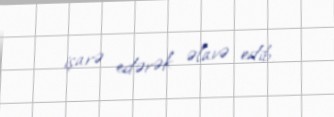
işarə edərək əlavə edib.